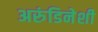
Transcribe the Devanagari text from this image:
अरुंडिनेशी